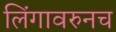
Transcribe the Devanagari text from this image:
लिंगावरुनच